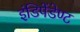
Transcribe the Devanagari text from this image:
इंडिपेंडेण्ट